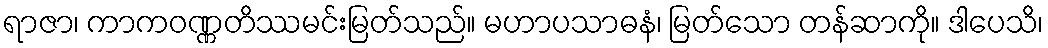
ရာဇာ၊ ကာကဝဏ္ဏတိဿမင်းမြတ်သည်။ မဟာပသာဓနံ၊ မြတ်သော တန်ဆာကို။ ဒါပေသိ၊